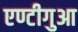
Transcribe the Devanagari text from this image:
एण्टीगुआ